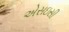
એસઇસી